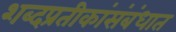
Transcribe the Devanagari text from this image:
शब्दप्रतीकांसंबंधात